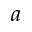
a